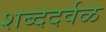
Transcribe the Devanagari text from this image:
शब्ददर्वळ